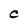
Character: c